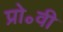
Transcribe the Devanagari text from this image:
प्रो॰वी